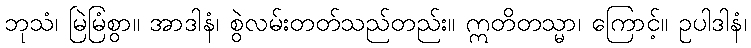
ဘုသံ၊ မြဲမြံစွာ။ အာဒါနံ၊ စွဲလမ်းတတ်သည်တည်း။ ဣတိတသ္မာ၊ ကြောင့်။ ဥပါဒါနံ၊